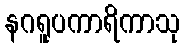
နဂရူပကာရိကာသု